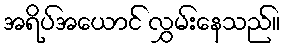
အရိပ်အယောင် လွှမ်းနေသည်။